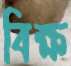
বিক্ষ